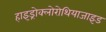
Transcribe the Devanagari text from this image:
हाइड्रोक्लोरोथियाजाइड